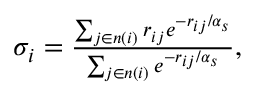
\begin{array} { r } { \sigma _ { i } = \frac { \sum _ { j \in n ( i ) } r _ { i j } e ^ { - r _ { i j } / \alpha _ { s } } } { \sum _ { j \in n ( i ) } e ^ { - r _ { i j } / \alpha _ { s } } } , } \end{array}